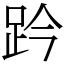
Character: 趻